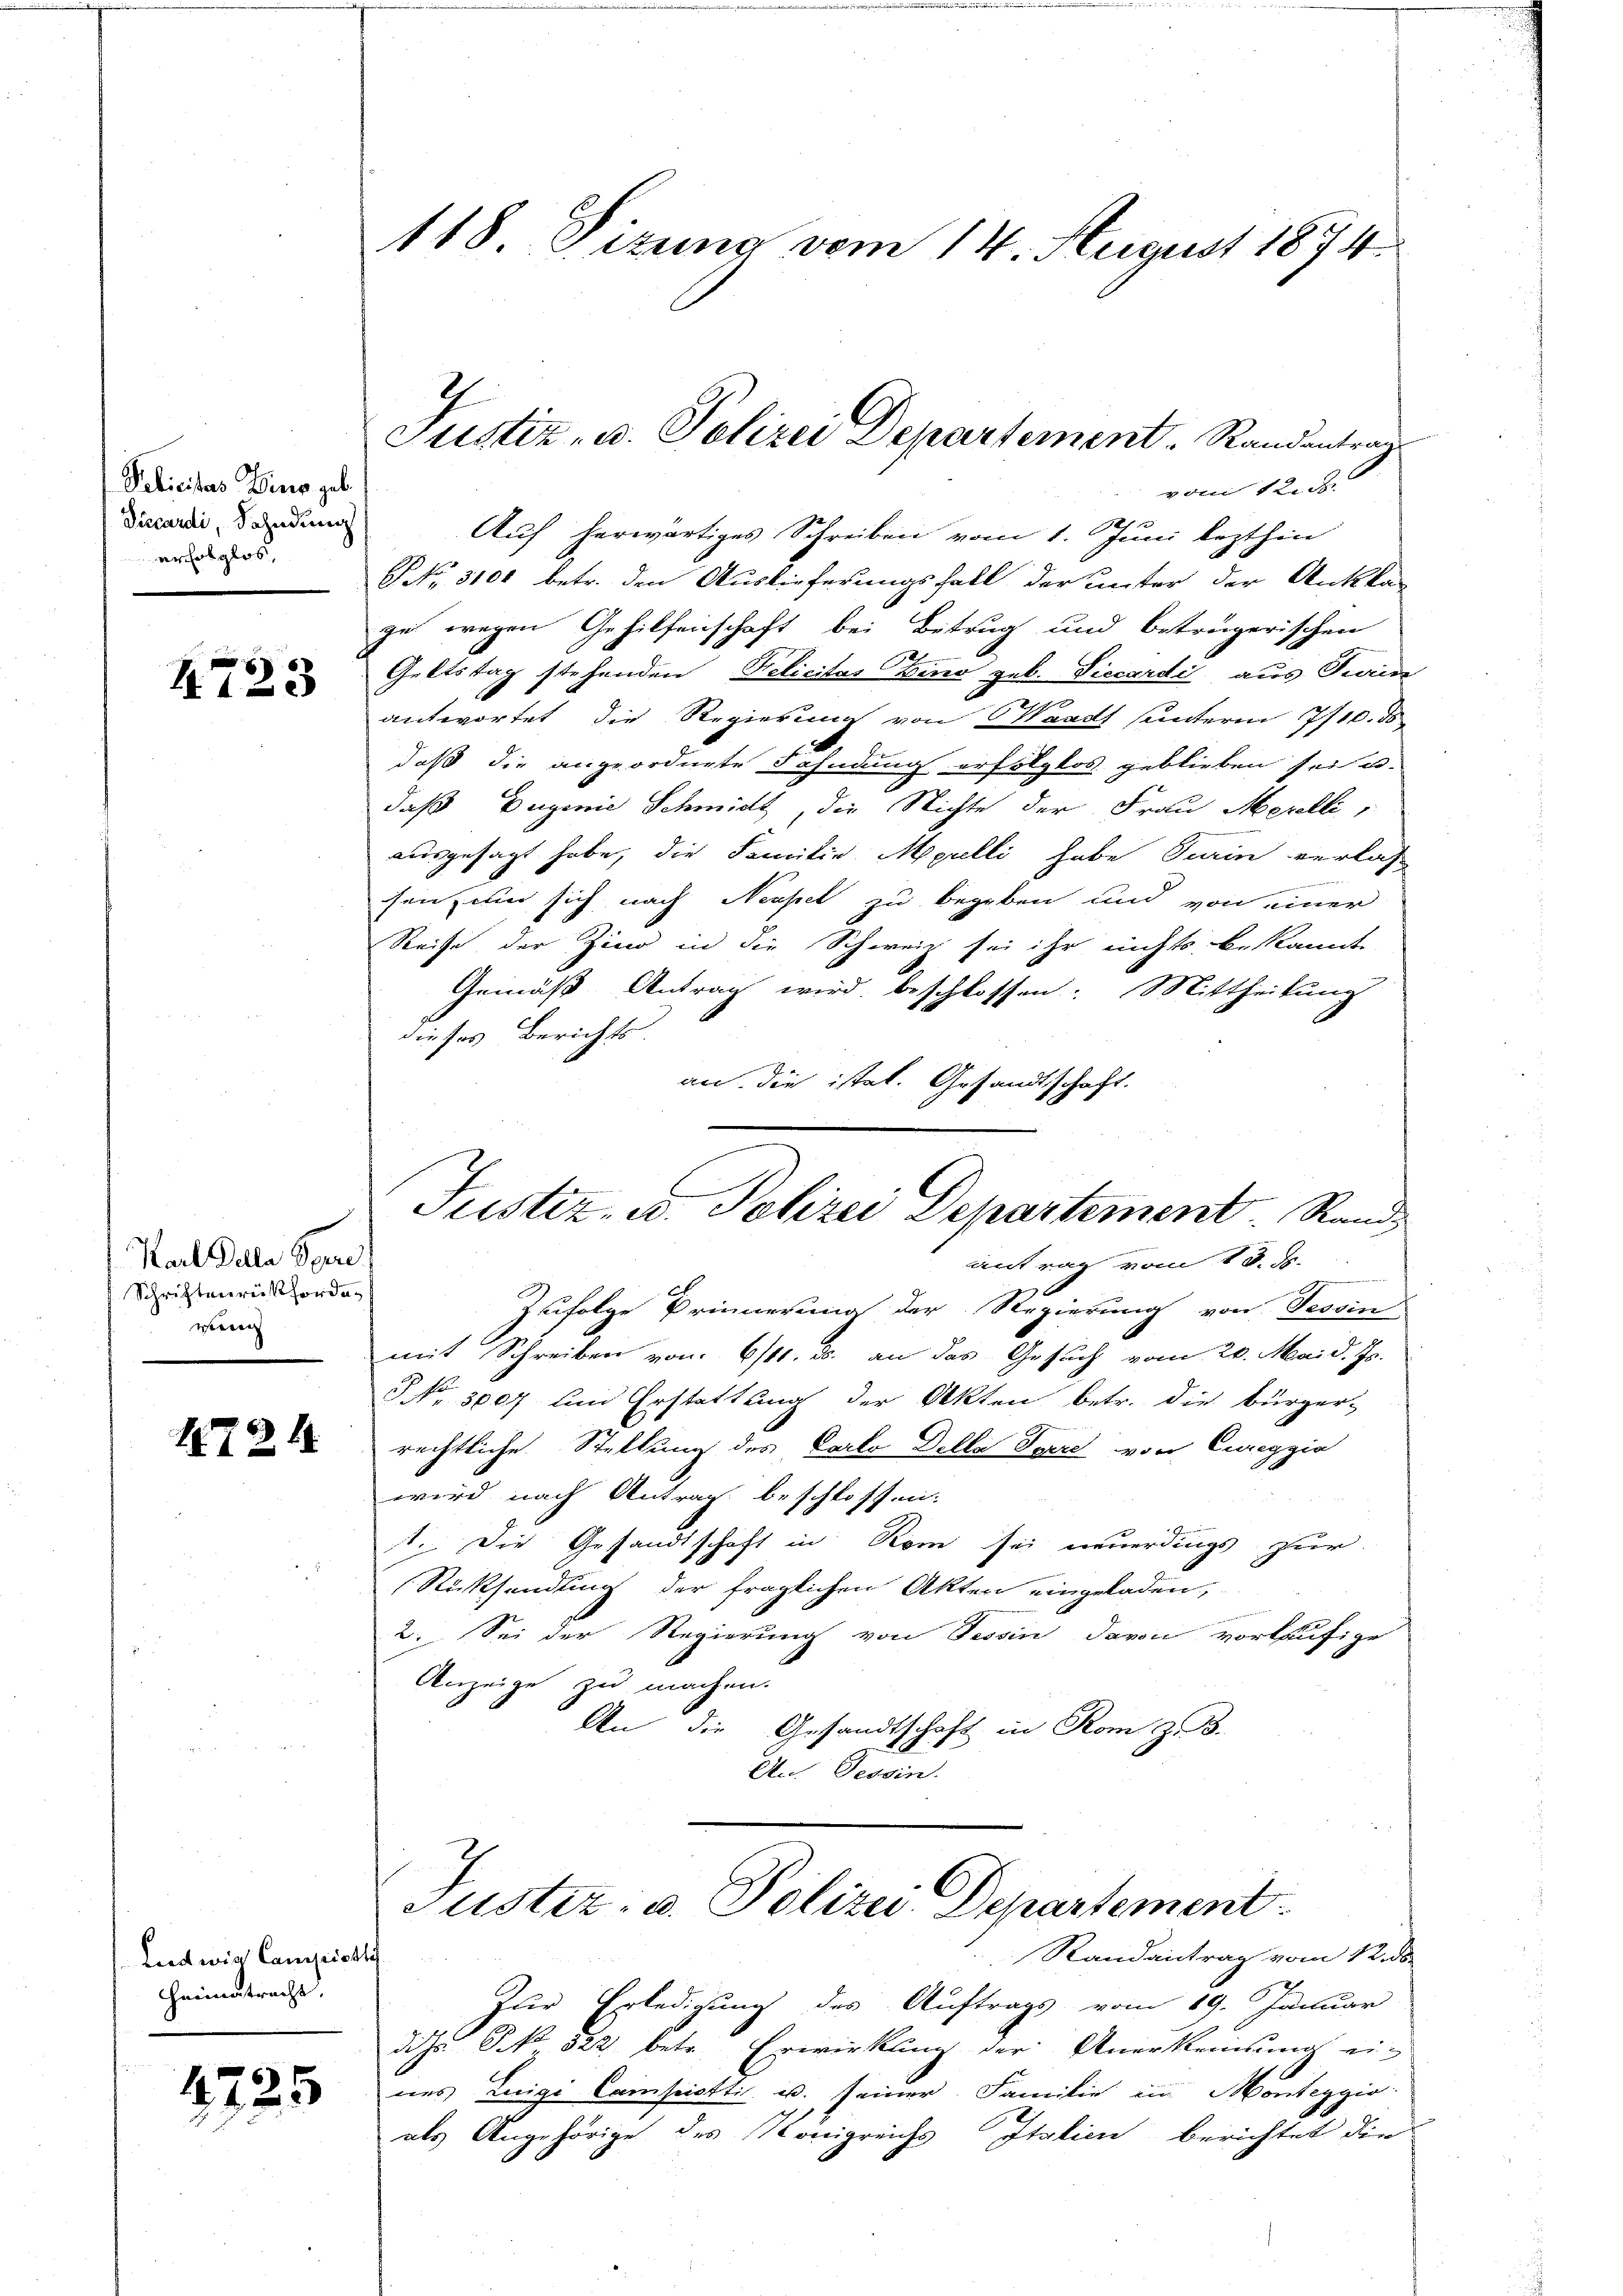
Pelicitas Ding geb.
Siccardi, Fahndung
erfolglos

4723

Karl Dolle Perre
Schriftenrückforden
wienen

4721

Ludwig Campistli
Heimatracht.

1725

118. Sizung vom 14. August 1874.

vom Teich
Auf herwärtiges Schreiben vom 1. Juni lezthin
NNo. 3100 betr. den Auslieferungsfall der unter der Antskan
ge wegen Gehilfenschaft bei Betrug und beträgerischen
.
Geltstag stehenden Pelicitas vino geb. Viccardi aus Darin
antwortet die Regierung von Waadt unterm 17/10. ds
daß die angeordnete Fahndung erfolglos geblieben sei u.
daß Eugenie Schmidt, die Richte der Frau Merelli,
ausgesagt habe, die Familie Mulli habe Turin verlas

senz um sich nach Neapel zu begeben und von einer
Reise der Zino in die Schweiz sei ihr nichts bekannt
Gemäß Antrag wird beschlossen: Mittheilung
dieses Berichts.
an die istet. Gesandtschaft.
Justiz- u. Polizei Departement. Rand
Antrag vom 13. J.
Zufolge Prinnerung der Regierung von Tessin
mit Schreiben von 6/11. u. an das Gesuch vom 20. Mai d. Js.
NNo. 3007 und Erstattung der Akten betr. die bürger-
rechtliche Stellung des Carlo Delle Tiere von Cureggia
wird nach Antrag beschlossen:
1. Die Gesandtschaft in Rom sei neuerdings zur
Rücksendung der fraglichen Akten eingeladen,
2. Sei der Regierung von Tessin davon vorläufige
Anzeige zu machen.
An die Gesandtschaft in Rom z. B.
An Tessin.
Justiz- u. Polizei Departement

Justiz- u. Polizei Departement. Randantrag

Randantrag vom 12. ds.

Zur Erledigung des Auftrags vom 19. Januar
dize No 523 betr. Erwirkling der Anerkennung ei-
nes Luigi Campisttis u. seiner Familie in Monteggio
als Angehörige des Königreichs Italien berichtet die